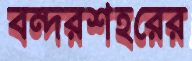
বন্দরশহরের